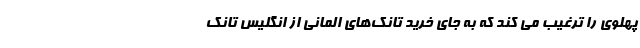
پهلوی را ترغیب می کند که به جای خرید تانک‌های المانی از انگلیس تانک